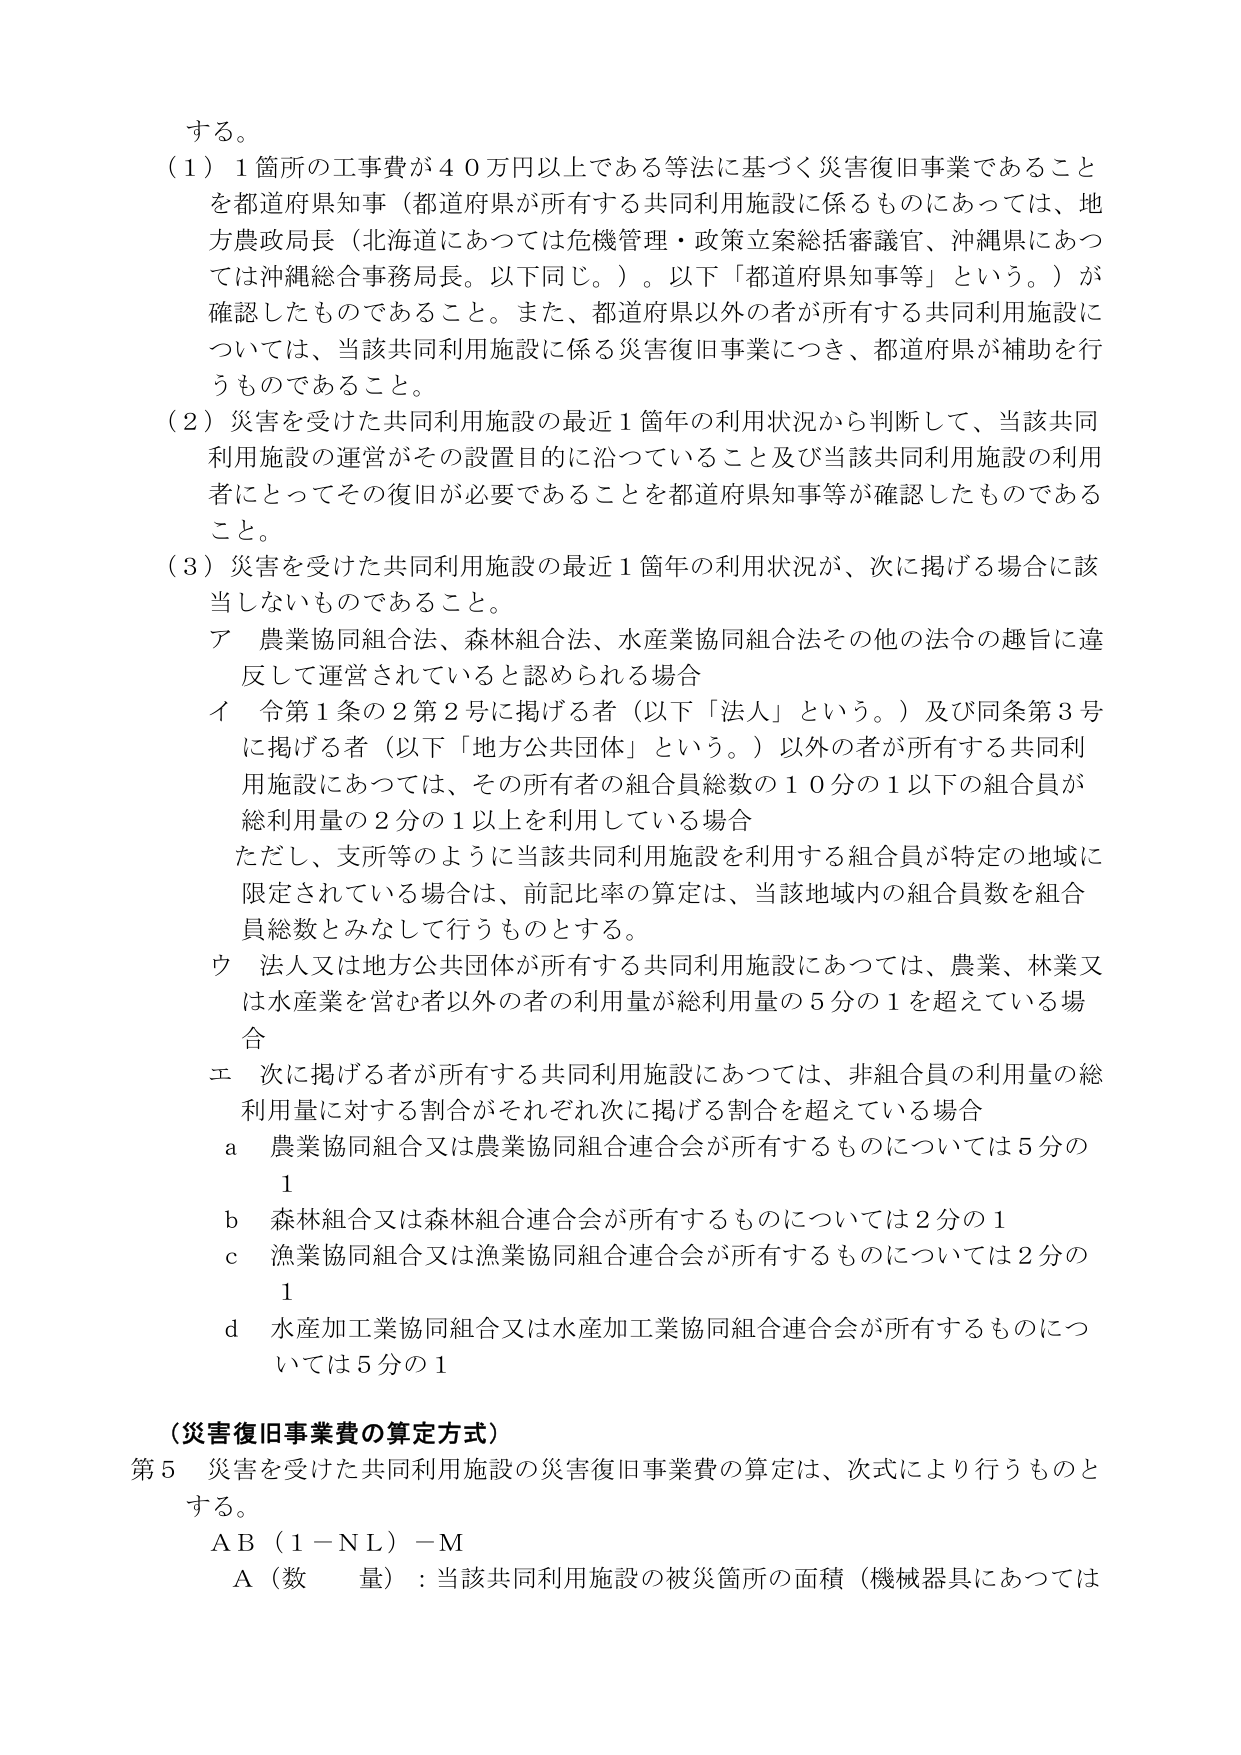
する。

（１）１箇所の工事費が４０万円以上である等法に基づく災害復旧事業であること
を都道府県知事（都道府県が所有する共同利用施設に係るものにあっては、地
方農政局長（北海道にあっては危機管理・政策立案総括審議官、沖縄県にあつ
ては沖縄総合事務局長。以下同じ。）。以下「都道府県知事等」という。）が
確認したものであること。また、都道府県以外の者が所有する共同利用施設に
ついては、当該共同利用施設に係る災害復旧事業につき、都道府県が補助を行
うものであること。

（２）災害を受けた共同利用施設の最近１箇年の利用状況から判断して、当該共同
利用施設の運営がその設置目的に沿っていること及び当該共同利用施設の利用
者にとってその復旧が必要であることを都道府県知事等が確認したものである
こと。

（３）災害を受けた共同利用施設の最近１箇年の利用状況が、次に掲げる場合に該
当しないものであること。
　ア　農業協同組合法、森林組合法、水産業協同組合法その他の法令の趣旨に違
　　　反して運営されていると認められる場合
　イ　令第１条の２第２号に掲げる者（以下「法人」という。）及び同条第３号
　　　に掲げる者（以下「地方公共団体」という。）以外の者が所有する共同利
　　　用施設にあっては、その所有者の組合員総数の１０分の１以下の組合員が
　　　総利用量の２分の１以上を利用している場合
　　　ただし、支所等のように当該共同利用施設を利用する組合員が特定の地域に
　　　限定されている場合は、前記比率の算定は、当該地域内の組合員数を組合
　　　員総数とみなして行うものとする。
　ウ　法人又は地方公共団体が所有する共同利用施設にあっては、農業、林業又
　　　は水産業を営む者以外の者の利用量が総利用量の５分の１を超えている場
　　　合
　エ　次に掲げる者が所有する共同利用施設にあっては、非組合員の利用量の総
　　　利用量に対する割合がそれぞれ次に掲げる割合を超えている場合
　　　ａ　農業協同組合又は農業協同組合連合会が所有するものについては５分の
　　　　　１
　　　ｂ　森林組合又は森林組合連合会が所有するものについては２分の１
　　　ｃ　漁業協同組合又は漁業協同組合連合会が所有するものについては２分の
　　　　　１
　　　ｄ　水産加工業協同組合又は水産加工業協同組合連合会が所有するものにつ
　　　　　いては５分の１

（災害復旧事業費の算定方式）
第５　災害を受けた共同利用施設の災害復旧事業費の算定は、次式により行うものと
する。
　ＡＢ（１－ＮＬ）－Ｍ
　Ａ（数量）：当該共同利用施設の被災箇所の面積（機械器具にあっては